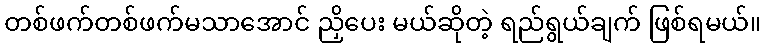
တစ်ဖက်တစ်ဖက်မသာအောင် ညှိပေး မယ်ဆိုတဲ့ ရည်ရွယ်ချက် ဖြစ်ရမယ်။